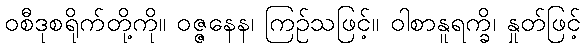
ဝစီဒုစရိုက်တို့ကို။ ဝဇ္ဇနေန၊ ကြဉ်သဖြင့်။ ဝါစာနူရက္ခိ၊ နှုတ်ဖြင့်